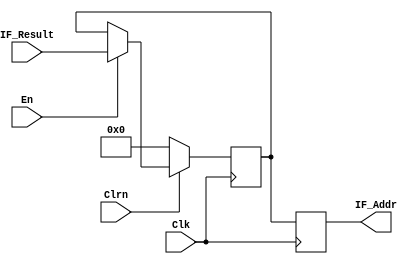
module PC(IF_Result,Clk,En,Clrn,IF_Addr);
input [31:0]IF_Result;
input Clk,En,Clrn;
output reg [31:0] IF_Addr;
reg [31:0]pc;
//PC0

initial begin
    pc = 32'b0;
end
//pc
always @(posedge Clk) begin
    IF_Addr = pc;
end
//pc
always @(negedge Clk) begin
    //Clrn == 00
    if (Clrn == 0) begin
        pc = 32'b0;
    end
    //En == 1
    else if(En == 1) begin
        pc = IF_Result;
    end
    //En == 0 
end
endmodule